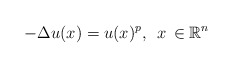
\begin{align*}-\Delta u(x) = u(x)^{p},\,~x\,\in \mathbb{R}^n\end{align*}